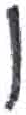
אות: ו